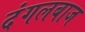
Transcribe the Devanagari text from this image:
दंगलबाज